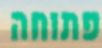
פתוחה